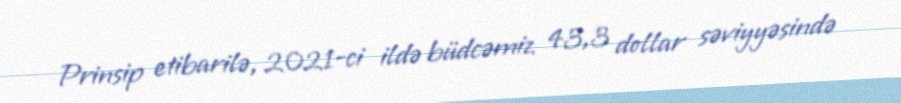
Prinsip etibarilə, 2021-ci ildə büdcəmiz 43,3 dollar səviyyəsində